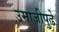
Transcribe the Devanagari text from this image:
उमाजीपुढे